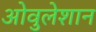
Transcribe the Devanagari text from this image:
ओवुलेशान